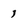
Character: 1